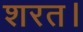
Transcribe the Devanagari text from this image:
शरत।